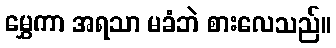
မွှေကာ အရသာ မခံဘဲ စားလေသည်။